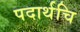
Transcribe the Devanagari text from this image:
पदार्थचि